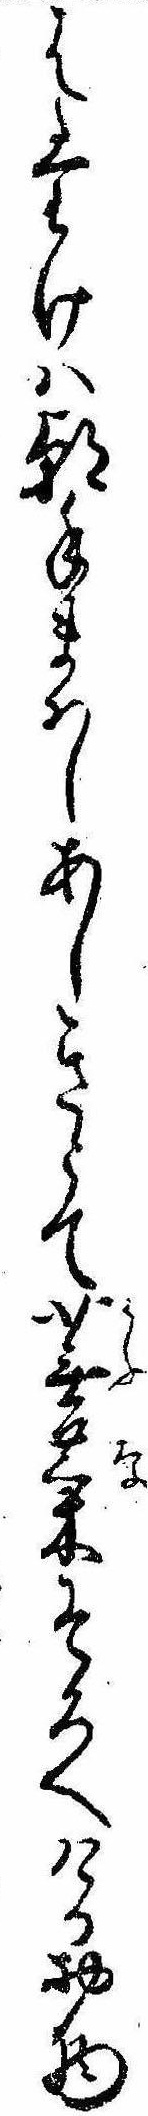
はたけは朝手まはしあしきとて蕪菜そろへけるお物